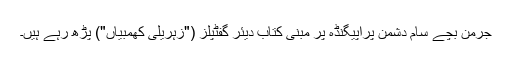
جرمن بچے سام دشمن پراپیگنڈہ پر مبنی کتاب دیئر گفٹپلز ("زہریلی کھمبیاں") پڑھ رہے ہیں۔